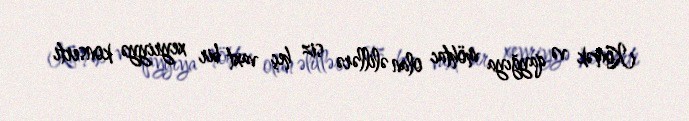
Kömək və qayğıya möhtac olan əlillərə siz heç vaxt bir xeyriyyə konserti